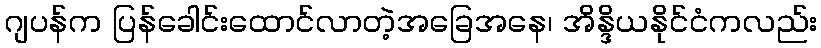
ဂျပန်က ပြန်ခေါင်းထောင်လာတဲ့အခြေအနေ၊ အိန္ဒိယနိုင်ငံကလည်း